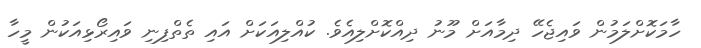
ހާމަކޮށްލަމުން ވައިޖެހޭ ދިމާއަށް މޫނު ދިއްކޮށްލިއެވެ. ކުއްލިއަކަށް އައި ތެތްފިނި ވައިރޯޅިއަކުން މީހާ